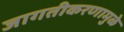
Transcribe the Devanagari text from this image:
जागतीकरणामुळे